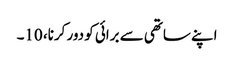
اپنے ساتھی سے برائی کو دور کرنا، 10۔